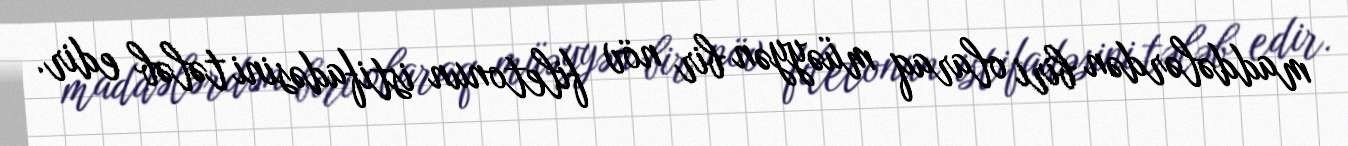
maddələrdən biri olaraq müəyyən bir növ filetonun istifadəsini tələb edir.